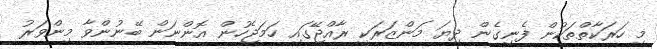
މި ހަރަކާތްތަކުން ފެނިގެން ދިޔަ މަންޒަރަކީ ރާއްޖޭގައި ހަމަޖެހުން އޮންނަން ބޭނުންވާ މިންވަރު